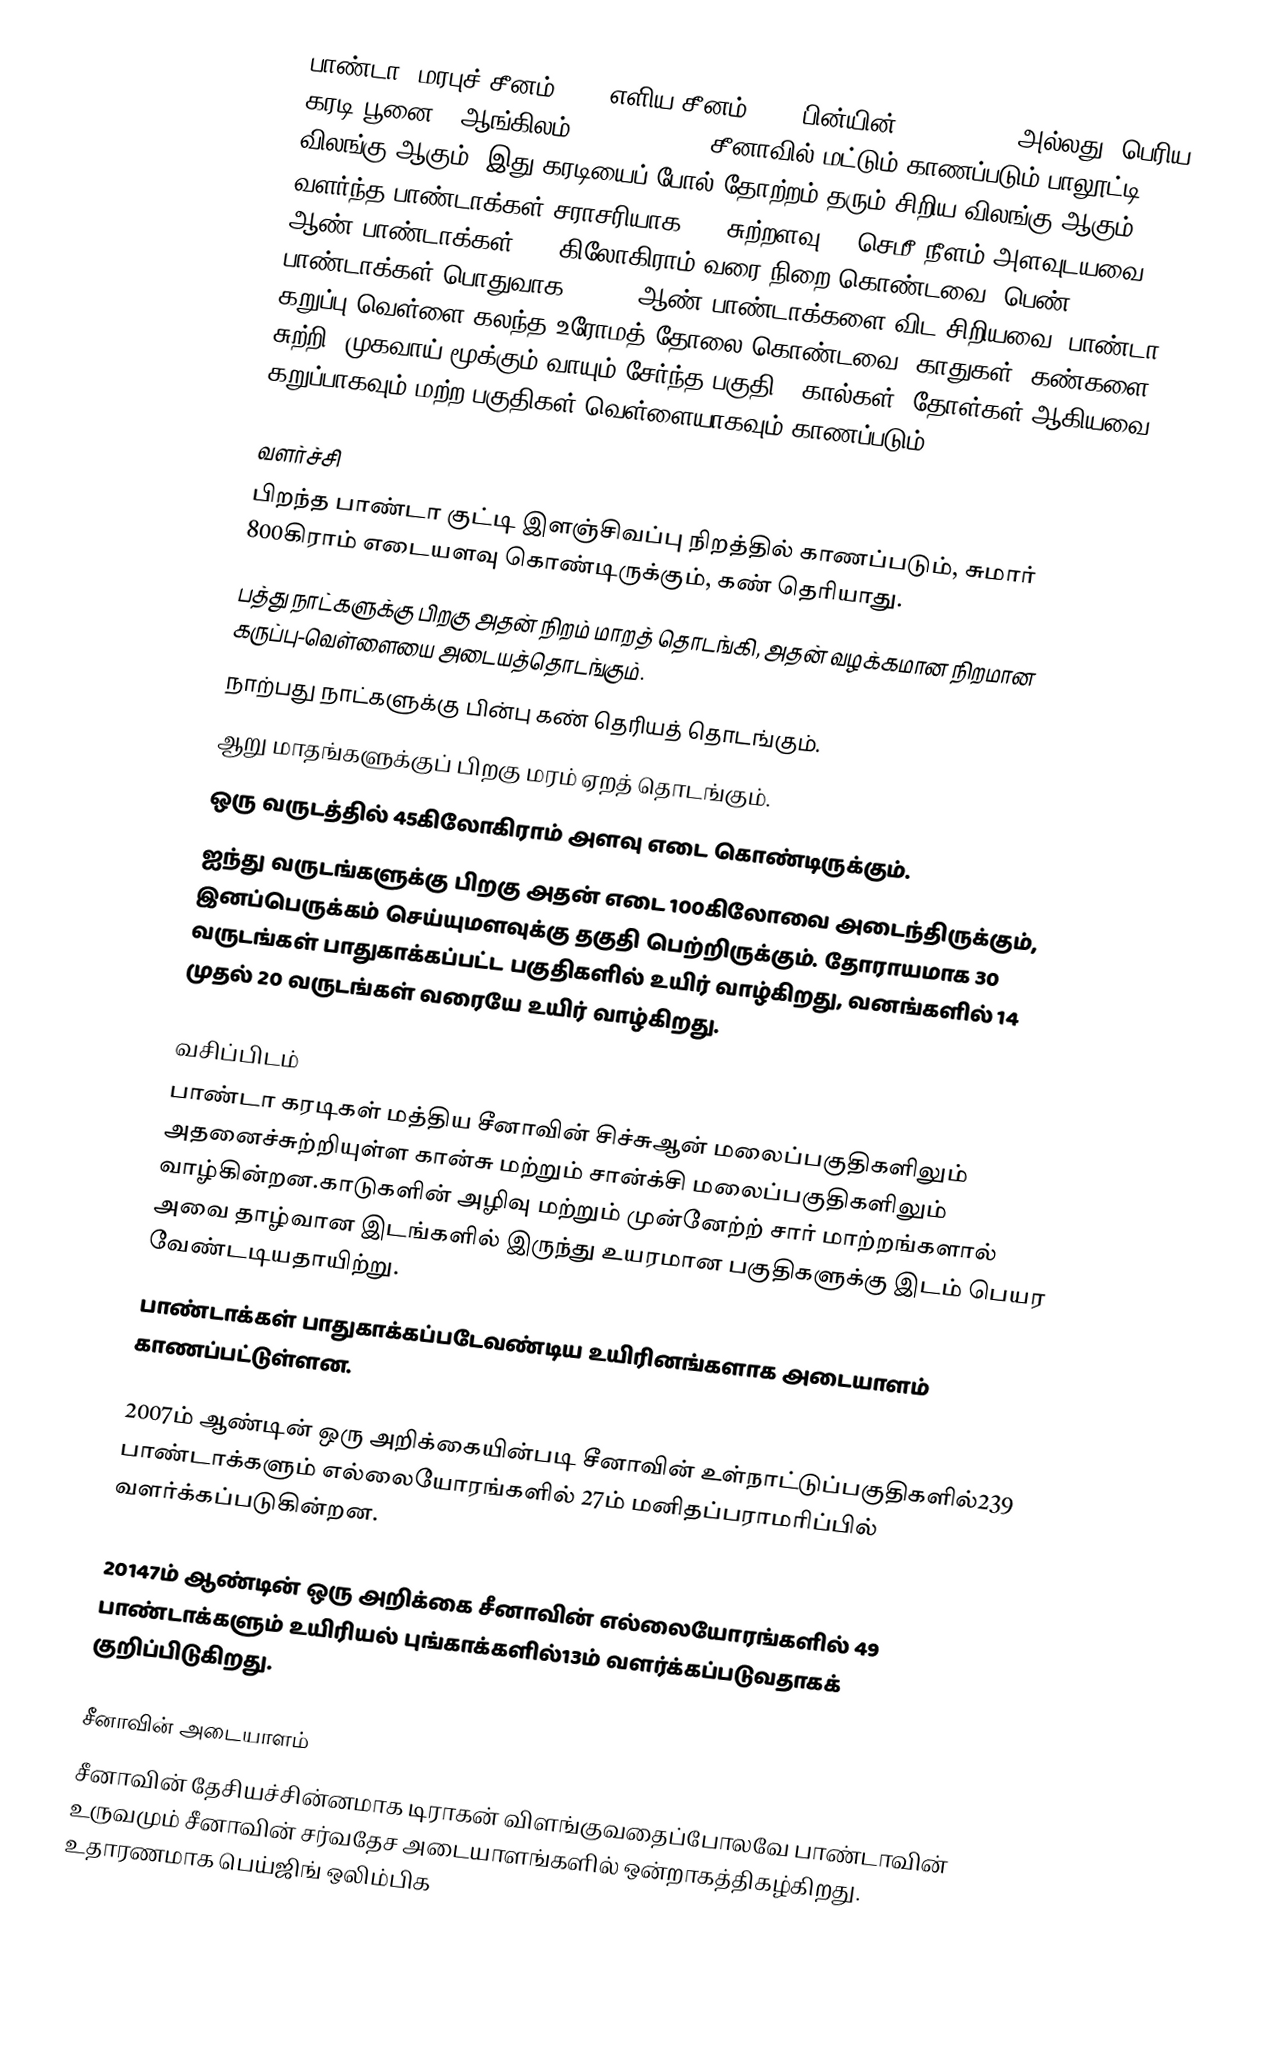
பாண்டா (மரபுச் சீனம்:大熊貓; எளிய சீனம்:大熊猫; பின்யின்:Dàxióngmāo, அல்லது "பெரிய கரடி பூனை"; ஆங்கிலம்: Giant Panda) சீனாவில் மட்டும் காணப்படும் பாலூட்டி விலங்கு ஆகும். இது கரடியைப் போல் தோற்றம் தரும் சிறிய விலங்கு ஆகும். வளர்ந்த பாண்டாக்கள் சராசரியாக 1.5 சுற்றளவு 75 செமீ நீளம் அளவுடயவை. ஆண் பாண்டாக்கள் 115 கிலோகிராம் வரை நிறை கொண்டவை. பெண் பாண்டாக்கள் பொதுவாக 10-20% ஆண் பாண்டாக்களை விட சிறியவை. பாண்டா கறுப்பு வெள்ளை கலந்த உரோமத் தோலை கொண்டவை. காதுகள், கண்களை சுற்றி, முகவாய்(மூக்கும் வாயும் சேர்ந்த பகுதி), கால்கள், தோள்கள் ஆகியவை கறுப்பாகவும் மற்ற பகுதிகள் வெள்ளையாகவும் காணப்படும்.

வளர்ச்சி
 பிறந்த பாண்டா குட்டி இளஞ்சிவப்பு நிறத்தில் காணப்படும், சுமார் 800கிராம் எடையளவு கொண்டிருக்கும், கண் தெரியாது.
 பத்து நாட்களுக்கு பிறகு அதன் நிறம் மாறத் தொடங்கி, அதன் வழக்கமான நிறமான கருப்பு-வெள்ளையை அடையத்தொடங்கும்.
 நாற்பது நாட்களுக்கு பின்பு கண் தெரியத் தொடங்கும்.
 ஆறு மாதங்களுக்குப் பிறகு மரம் ஏறத் தொடங்கும்.
 ஒரு வருடத்தில் 45கிலோகிராம் அளவு எடை கொண்டிருக்கும்.
 ஐந்து வருடங்களுக்கு பிறகு அதன் எடை 100கிலோவை அடைந்திருக்கும், இனப்பெருக்கம் செய்யுமளவுக்கு தகுதி பெற்றிருக்கும். தோராயமாக 30 வருடங்கள் பாதுகாக்கப்பட்ட பகுதிகளில் உயிர் வாழ்கிறது, வனங்களில் 14 முதல் 20 வருடங்கள் வரையே உயிர் வாழ்கிறது.

வசிப்பிடம்
 பாண்டா கரடிகள் மத்திய சீனாவின் சிச்சுஆன் மலைப்பகுதிகளிலும்   அதனைச்சுற்றியுள்ள கான்சு மற்றும் சான்க்சி மலைப்பகுதிகளிலும்    வாழ்கின்றன.காடுகளின் அழிவு மற்றும் முன்னேற்ற் சார் மாற்றங்களால் அவை தாழ்வான  இடங்களில் இருந்து  உயரமான பகுதிகளுக்கு  இடம் பெயர வேண்டடியதாயிற்று.
பாண்டாக்கள் பாதுகாக்கப்படேவண்டிய  உயிரினங்களாக அடையாளம் காணப்பட்டுள்ளன.

2007ம் ஆண்டின் ஒரு அறிக்கையின்படி சீனாவின் உள்நாட்டுப்பகுதிகளில்239 பாண்டாக்களும் எல்லையோரங்களில் 27ம் மனிதப்பராமரிப்பில் வளர்க்கப்படுகின்றன.

20147ம் ஆண்டின் ஒரு அறிக்கை  சீனாவின் எல்லையோரங்களில் 49 பாண்டாக்களும் உயிரியல் புங்காக்களில்13ம்  வளர்க்கப்படுவதாகக் குறிப்பிடுகிறது.

சீனாவின் அடையாளம்
சீனாவின் தேசியச்சின்னமாக டிராகன் விளங்குவதைப்போலவே பாண்டாவின் உருவமும் சீனாவின் சர்வதேச அடையாளங்களில் ஒன்றாகத்திகழ்கிறது. உதாரணமாக பெய்ஜிங் ஒலிம்பிக